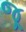
જૂ